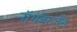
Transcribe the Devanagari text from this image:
नॉर्थंबरलँड